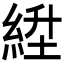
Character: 𬗛